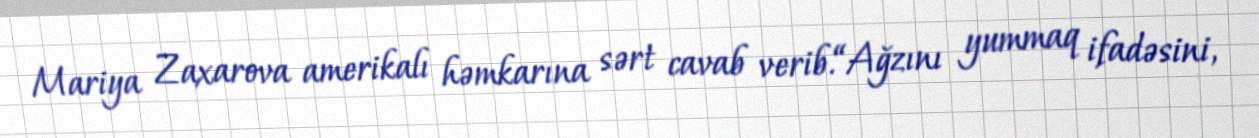
Mariya Zaxarova amerikalı həmkarına sərt cavab verib.“Ağzını yummaq ifadəsini,